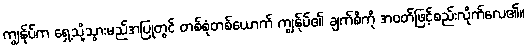
ကျွန်ုပ်က ရှေ့သို့သွားမည်အပြုတွင် တစ်စုံတစ်ယောက် ကျွန်ုပ်၏ ချက်စိကို အဝတ်ဖြင့်စည်းလိုက်လေ၏။